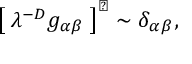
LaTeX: \left[ \; \lambda ^ { - D } g _ { \alpha \beta } \; \right] ^ { \sharp } \sim \delta _ { \alpha \beta } ,